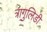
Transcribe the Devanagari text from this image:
त्रागुलिडी